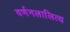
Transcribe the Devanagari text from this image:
वर्णनलालित्य